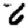
Digit: 6